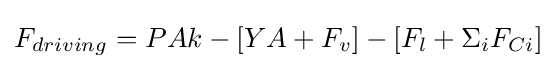
F_{driving}=PAk-[YA+F_{v}]-[F_{l}+\Sigma _{i}F_{Ci}]